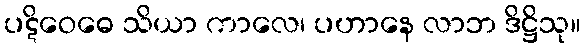
ပဋိဝေဓေ သိယာ ကာလေ၊ ပဟာနေ လာဘ ဒိဋ္ဌိသု။